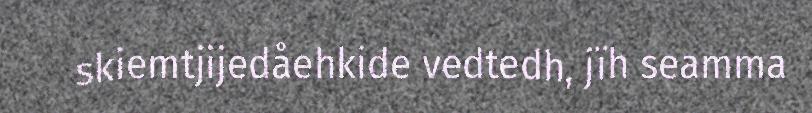
skiemtjijedåehkide vedtedh, jïh seamma